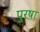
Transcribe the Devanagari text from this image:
पुरषा